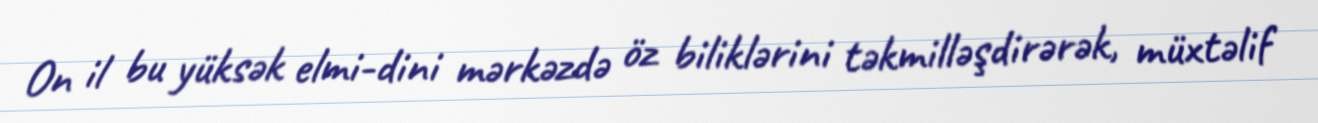
On il bu yüksək elmi-dini mərkəzdə öz biliklərini təkmilləşdirərək, müxtəlif